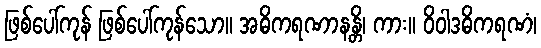
ဖြစ်ပေါ်ကုန် ဖြစ်ပေါ်ကုန်သော။ အဓိကရဏာနန္တိ၊ ကား။ ဝိဝါဒဓိကရဏံ၊